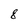
Character: 8